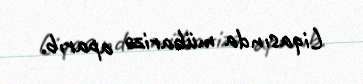
Liqasında mübarizə aparıb.